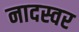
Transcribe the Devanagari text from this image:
नादस्वर